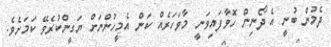
ދެމުން ބުނީ އެ ދޯނިން ހޮވާފައިވަނީ މާވަހަރެއް ކަަން އެމީހުންނަށް ޔަގީންކުރެވޭ ކަމަށެވެ.